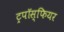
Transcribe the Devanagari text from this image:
ट्रपॉस्फियर